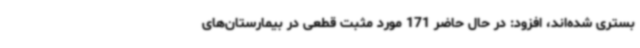
بستری‌ شده‌اند، افزود: در حال حاضر 171 مورد مثبت قطعی در بیمارستان‌های